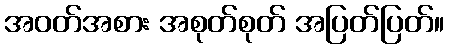
အဝတ်အစား အစုတ်စုတ် အပြတ်ပြတ်။